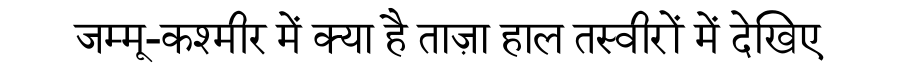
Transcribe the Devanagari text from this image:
जम्मू-कश्मीर में क्या है ताज़ा हाल तस्वीरों में देखिए